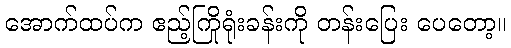
အောက်ထပ်က ဧည့်ကြိုရုံးခန်းကို တန်းပြေး ပေတော့။